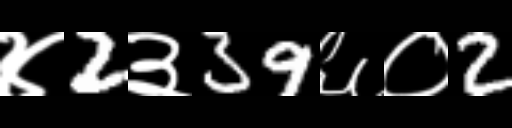
Text: ४2३39६०2